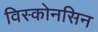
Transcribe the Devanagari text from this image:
विस्कोनसिन